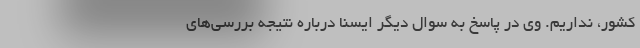
کشور، نداریم. وی در پاسخ به سوال دیگر ایسنا درباره نتیجه بررسی‌های